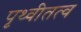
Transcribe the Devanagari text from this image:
पृथ्वीतत्व